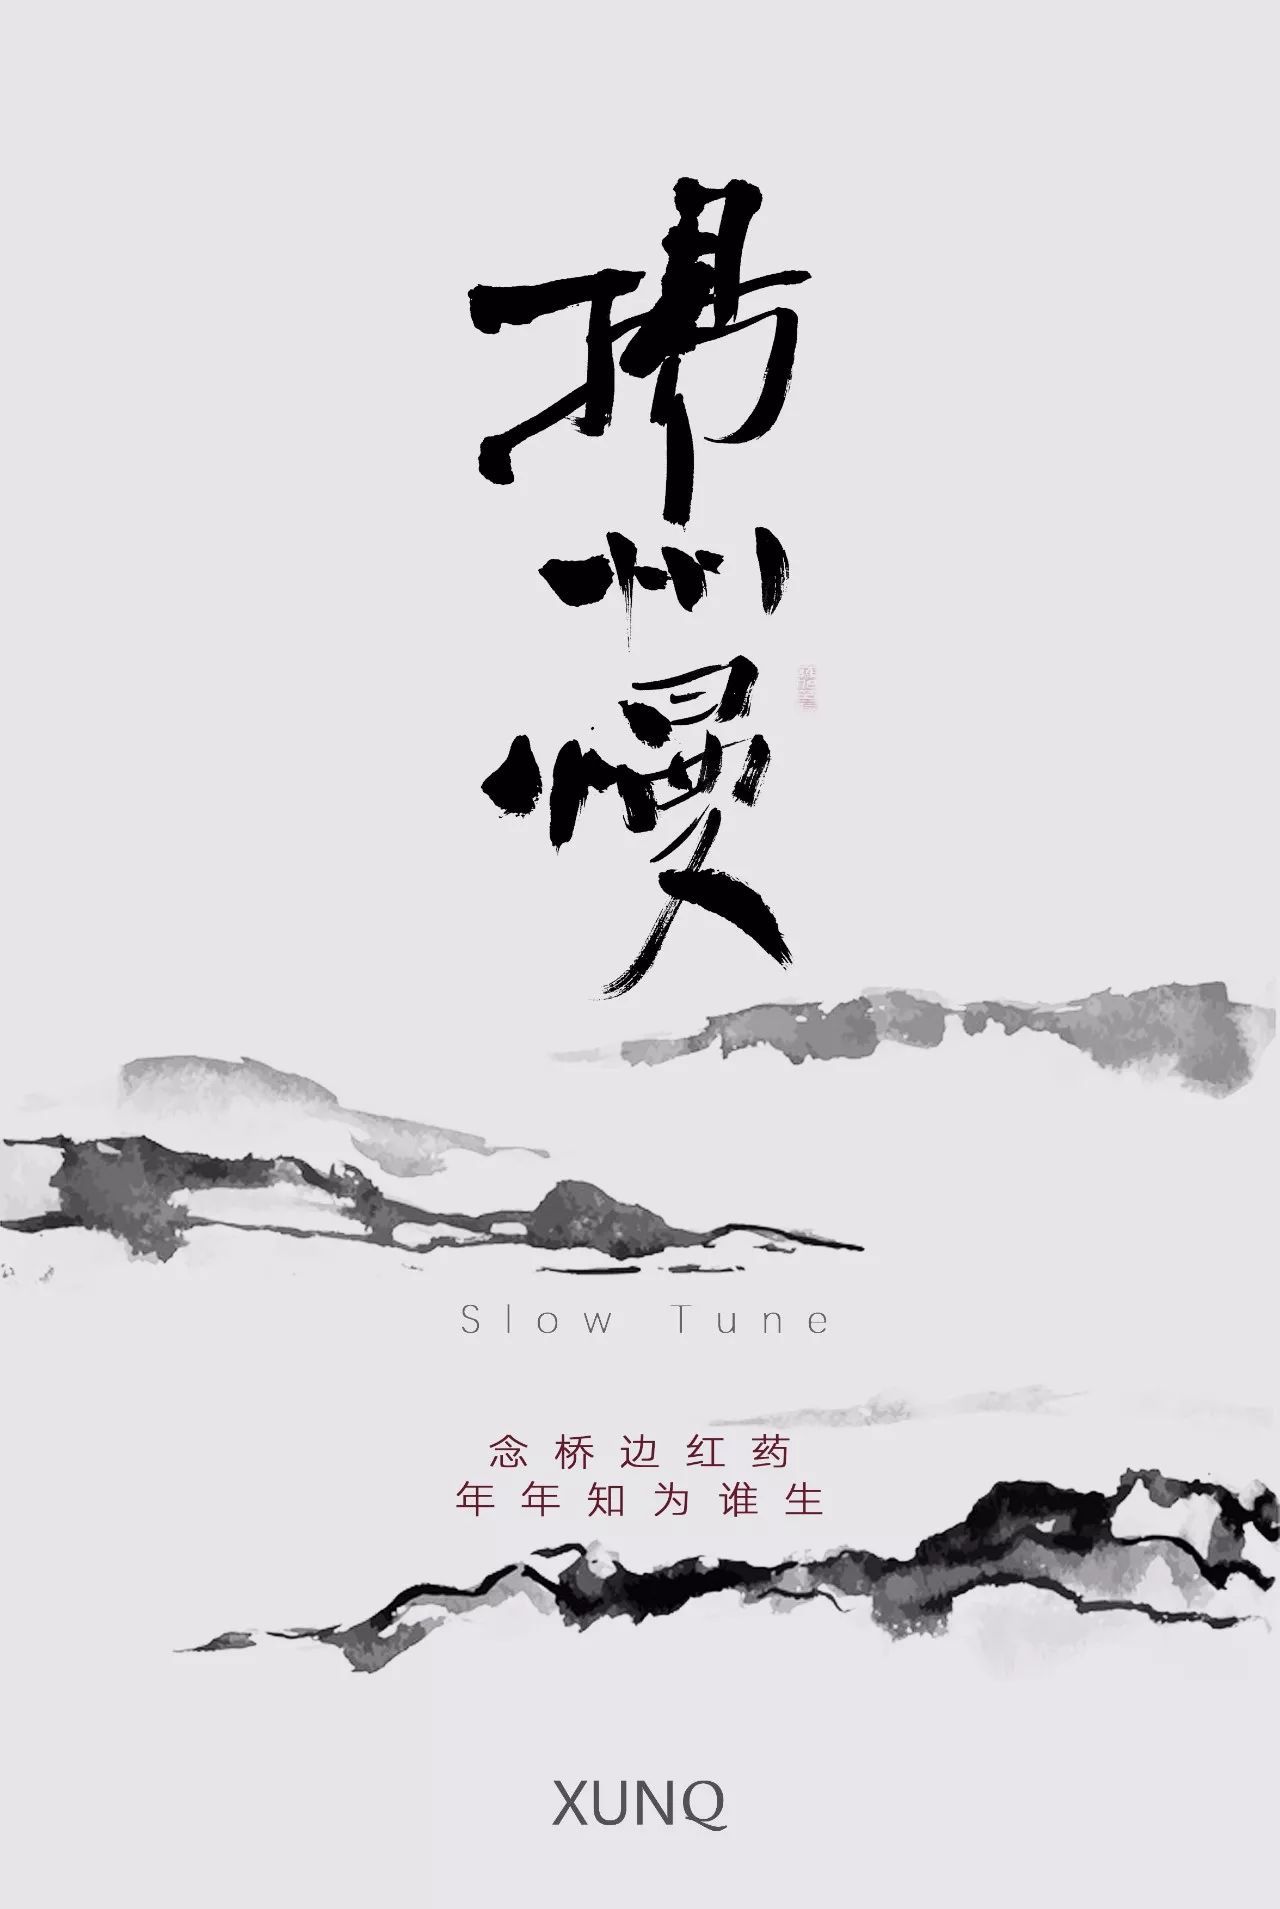
拟把疏狂图一醉，对酒当歌，强乐还无味。